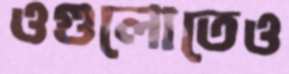
ওগুলোতেও